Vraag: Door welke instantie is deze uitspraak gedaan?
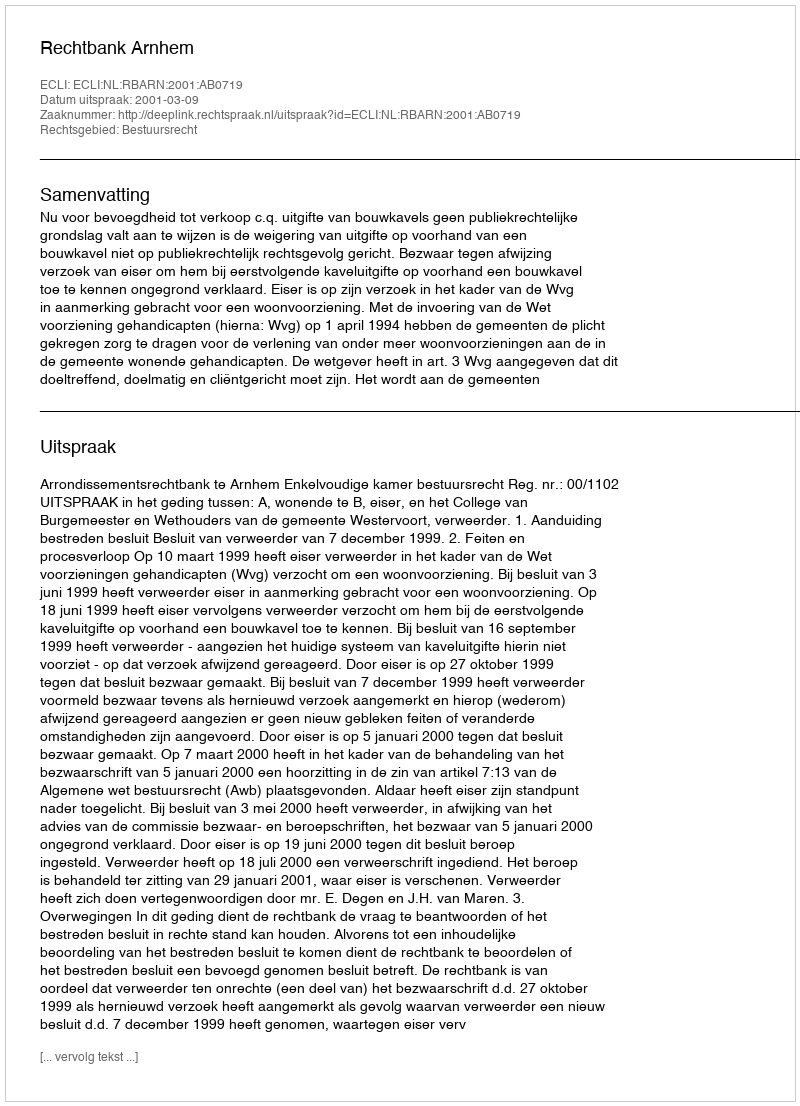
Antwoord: Rechtbank Arnhem